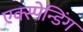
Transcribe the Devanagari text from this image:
एक्स्पेन्डिंग